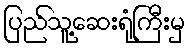
ပြည်သူ့ဆေးရုံကြီးမှ